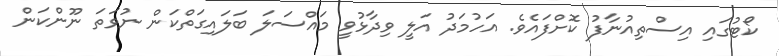
ކޯޓުގައި އިސްތިއުނާފު ކޮށްފައެވެ. އަހުމަދު އަލީ ވިދާޅުވީ މައްސަލަ ބަލައިގަތްކަން ނުވަތަ ނޫންކަން